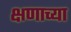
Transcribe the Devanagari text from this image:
क्षणाच्या